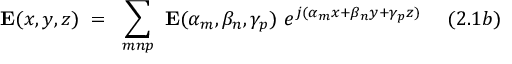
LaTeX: \mathbf { E } ( x , y , z ) ~ = ~ \sum _ { m n p } ~ \mathbf { E } ( \alpha _ { m } , \beta _ { n } , \gamma _ { p } ) ~ e ^ { j ( \alpha _ { m } x + \beta _ { n } y + \gamma _ { p } z ) } ~ ~ ~ ~ ( 2 . 1 b )